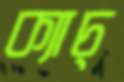
ক্যাচ্